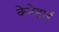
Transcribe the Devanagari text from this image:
केनेडाई